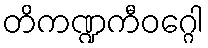
တိကဏ္ဍကီဝဂ္ဂေါ